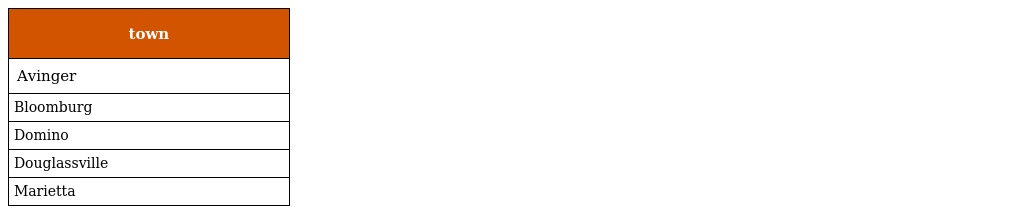
| town |
 | --- |
 | Avinger |
 | Bloomburg |
 | Domino |
 | Douglassville |
 | Marietta |